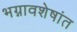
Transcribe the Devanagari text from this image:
भग्नावशेषांत